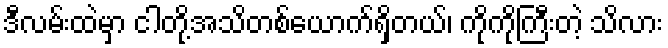
ဒီလမ်းထဲမှာ ငါတို့အသိတစ်ယောက်ရှိတယ်၊ ကိုကိုကြီးတဲ့ သိလား